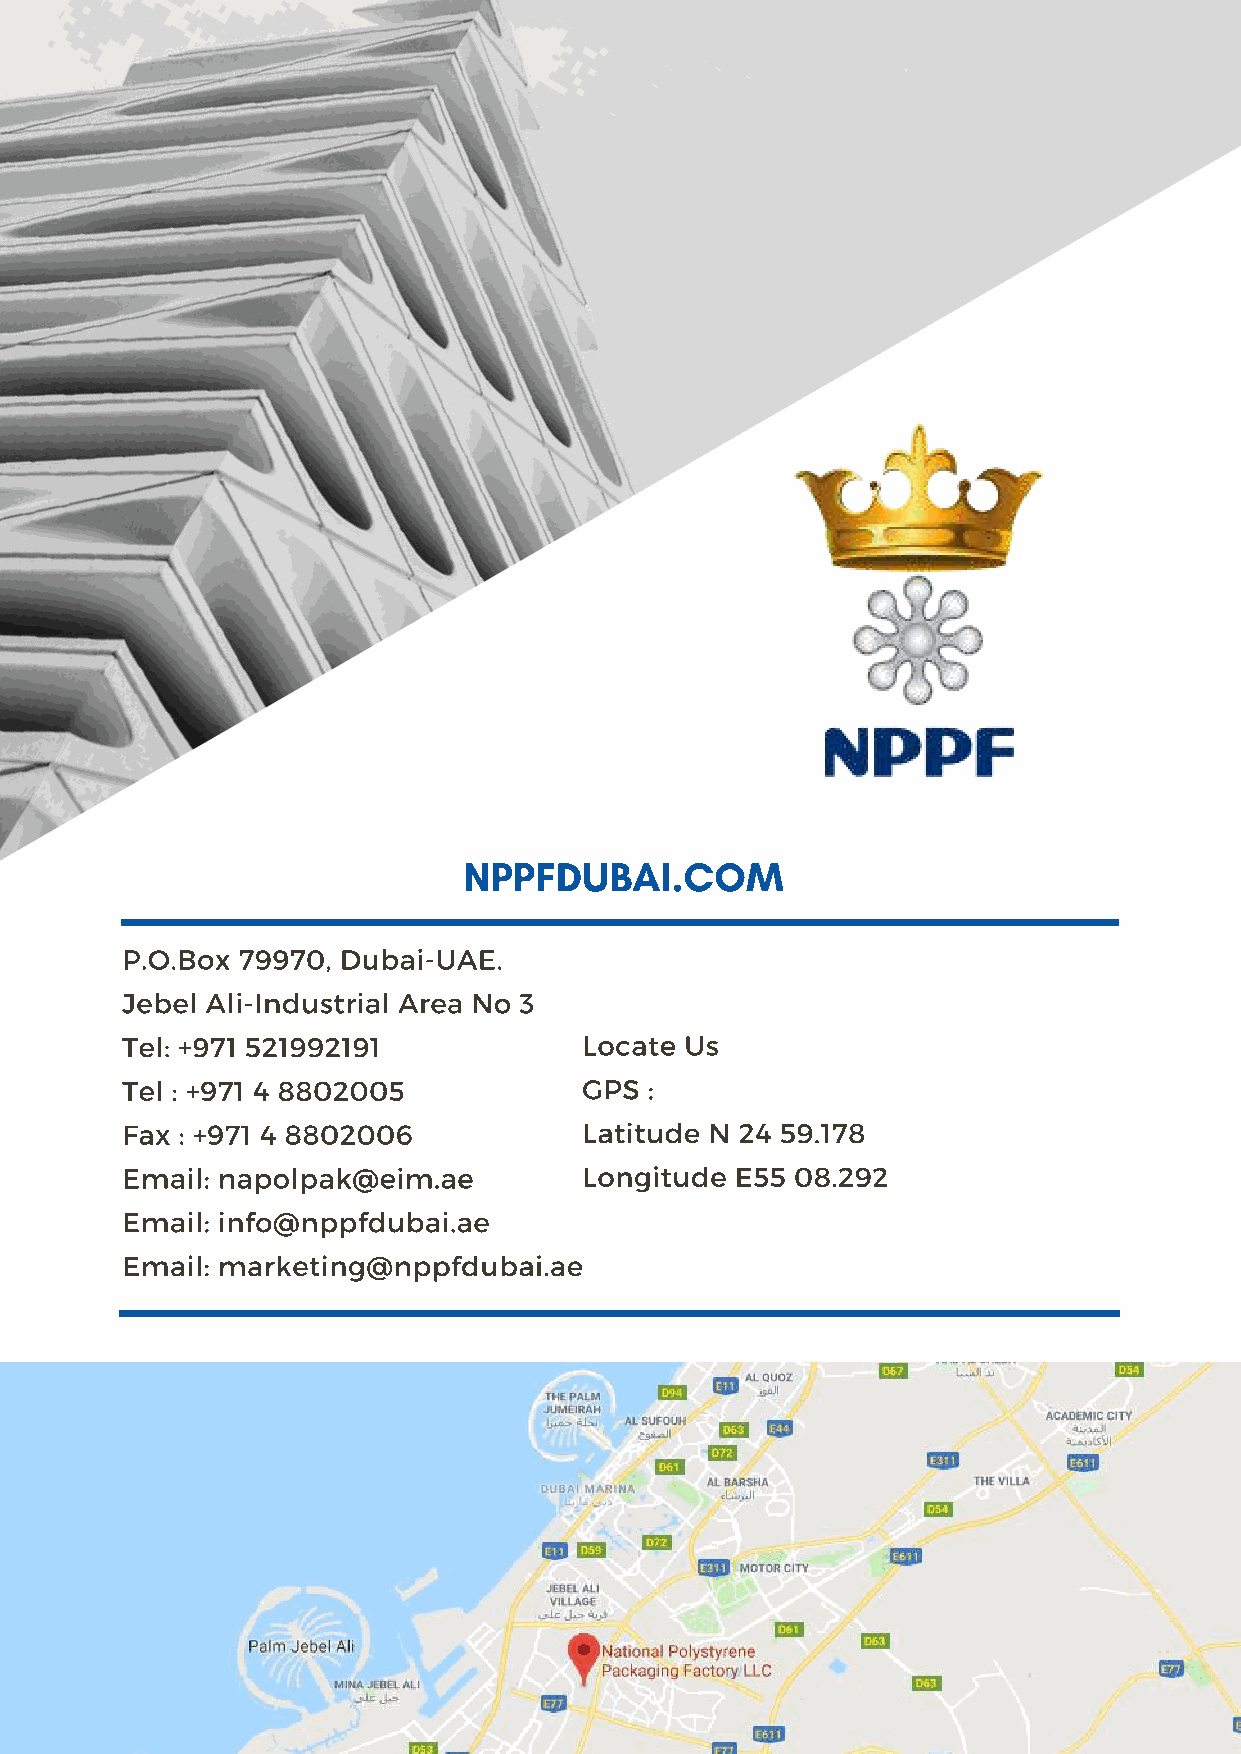
NPPFDUBAI.COM
 P.O.Box 79970, Dubai-UAE.
 Jebel Ali-Industrial Area No 3
 Tel: +971 521992191            Locate Us
 Tel : +971 4 8802005           GPS :
 Fax : +971 4 8802006           Latitude N 24 59.178
 Email: napolpak@eim.ae         Longitude E55 08.292
 Email: info@nppfdubai.ae
 Email: marketing@nppfdubai.ae